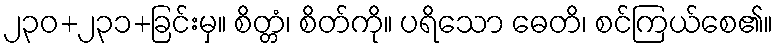
၂၃၀+၂၃၁+ခြင်းမှ။ စိတ္တံ၊ စိတ်ကို။ ပရိသော ဓေတိ၊ စင်ကြယ်စေ၏။